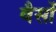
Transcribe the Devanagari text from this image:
वैसों